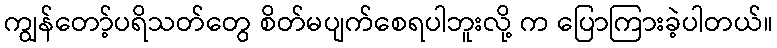
ကျွန်တော့်ပရိသတ်တွေ စိတ်မပျက်စေရပါဘူးလို့ က ပြောကြားခဲ့ပါတယ်။